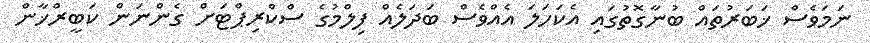
ނަމަވެސް ޚަބަރުތައް ބުނާގޮތުގައި އެކަހަލަ އެއްވެސް ބަދަލެއް ފިލްމުގެ ސްކްރިޕްޓަށް ގެންނަން ކަބީރްޚާން